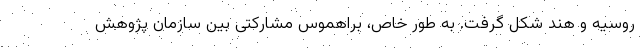
روسیه و هند شکل گرفت. به طور خاص، براهموس مشارکتی بین سازمان پژوهش